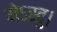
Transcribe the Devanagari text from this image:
मेऽस्तु।